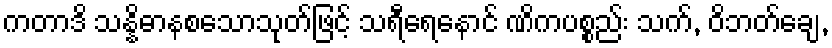
ကတာဒိ သန္နိဓာနစသောသုတ်ဖြင့် သရီရေနောင် ဏိကပစ္စည်း သက်, ဝိဘတ်ချေ,